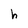
Character: h